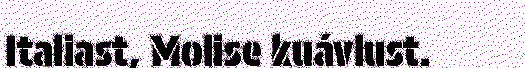
Italiast, Molise kuávlust.